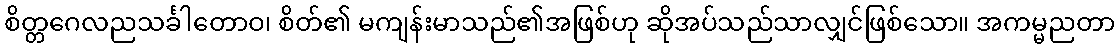
စိတ္တဂေလညသင်္ခါတောဝ၊ စိတ်၏ မကျန်းမာသည်၏အဖြစ်ဟု ဆိုအပ်သည်သာလျှင်ဖြစ်သော။ အကမ္မညတာ